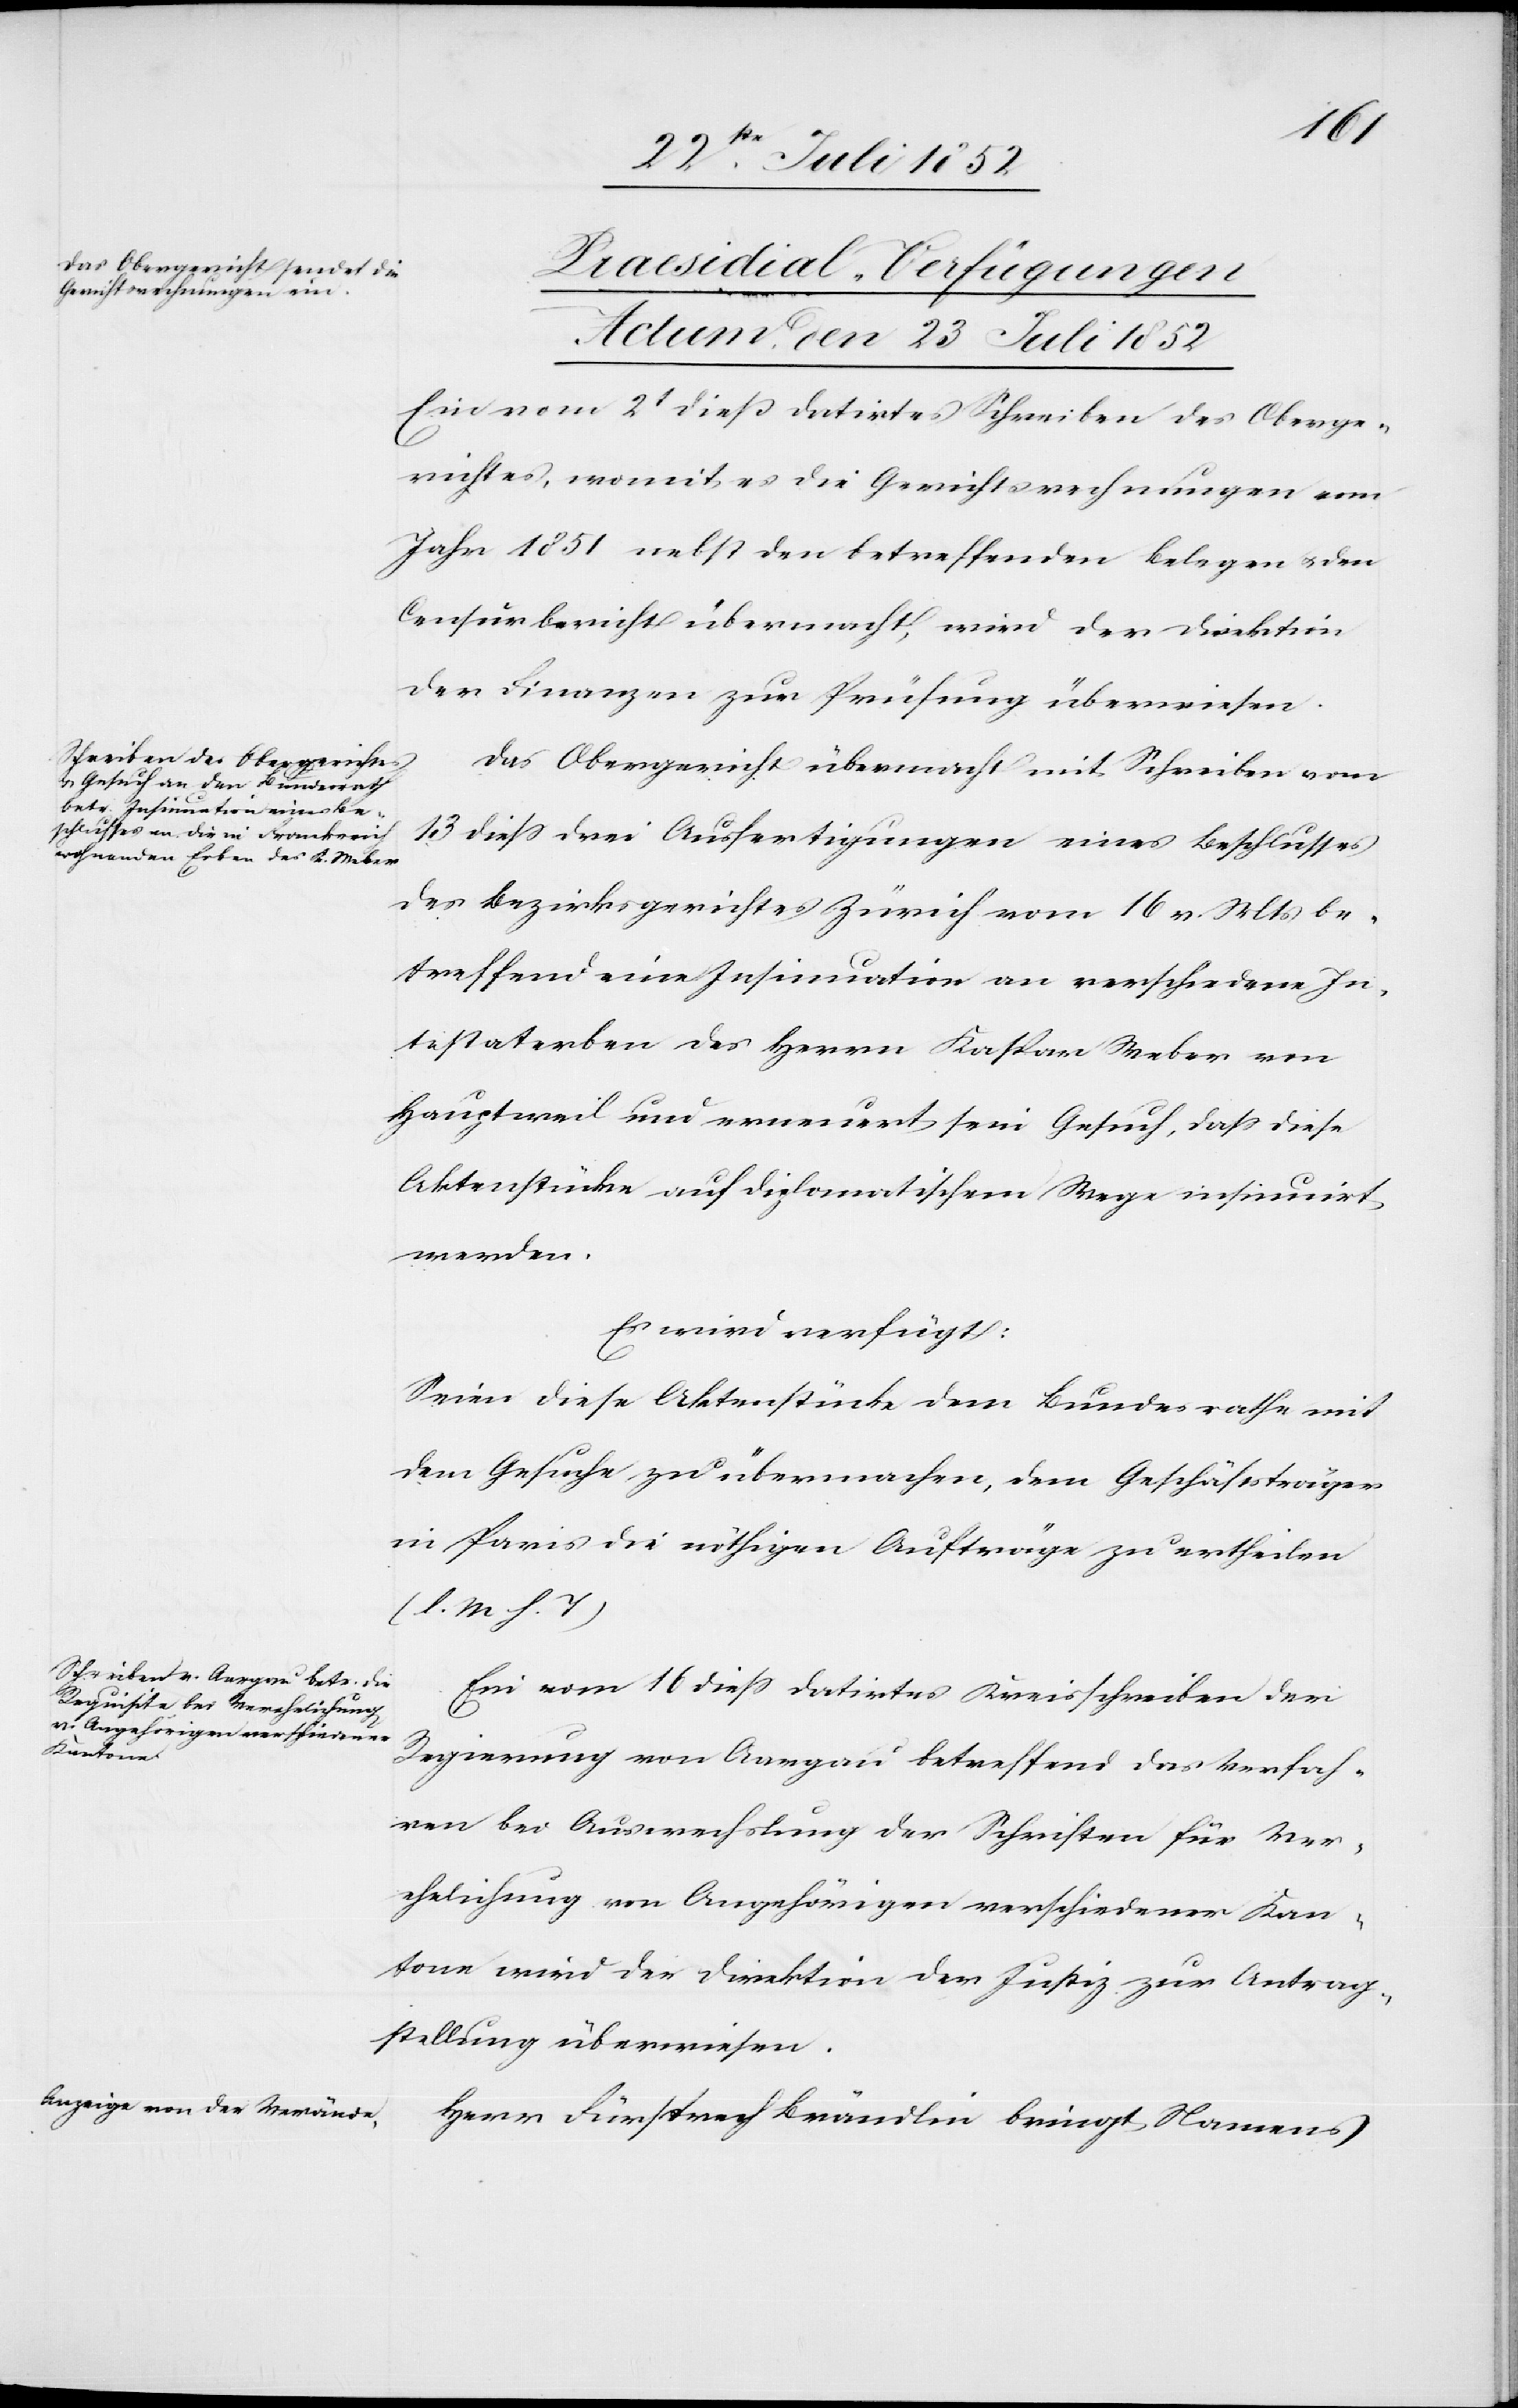
23 Juli 1852]
[Praesidial-Verfügungen
Actum, den 23 Juli 1852
Ein vom 2t dieß datirtes Schreiben des Oberge¬
richtes, womit es die Gerichtsrechnungen vom
Jahr 1851 nebst den betreffenden Belegen & den
Censurbericht übermacht, wird der Direktion
der Finanzen zur Prüfung überwiesen.
Das Obergericht übermacht mit Schreiben vom
13 diess drei Ausfertigungen eines Beschlusses
des Bezirksgerichtes Zürich vom 16 v. Mts be¬
treffend eine Insinuation an verschiedene In¬
testaterben des Herrn Kaspar Weber von
Hauptweil und erneuert sein Gesuch, dass diese
Aktenstücke auf diplomatischem Wege insinuirt
werden.
Es wird verfügt:
Seien diese Aktenstücke dem Bundesrathe mit
dem Gesuche zu übermachen, dem Geschäftsträger
in Paris die nöthigen Aufträge zu ertheilen
(l. M h. T)
Ein vom 16 diess datirtes Kreisschreiben der
Regierung von Aargau betreffend das Verfah¬
ren bei Auswechslung der Schriften für Ver¬
ehelichung von Angehörigen verschiedener Kan¬
tone wird der Direktion der Justiz zur Antrag¬
stellung überwiesen.
Herr Fürsprech Brändlin bringt Namens